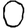
Digit: 0